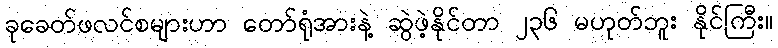
ခုခေတ်ဖလင်စများဟာ တော်ရုံအားနဲ့ ဆွဲဖဲ့နိုင်တာ ၂၃၆ မဟုတ်ဘူး နိုင်ကြီး။